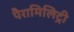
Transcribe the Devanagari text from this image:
पैरामिलिट्री